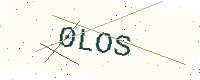
Text: 0LOS